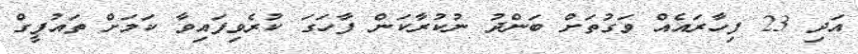
އަދި 23 ފިހާރައެއް ވަގުތަށް ބަންދު ނުކުރާކަން ފާހަގަ ކުރެވިފައިވާ ކަމަށް ތައުފީގް